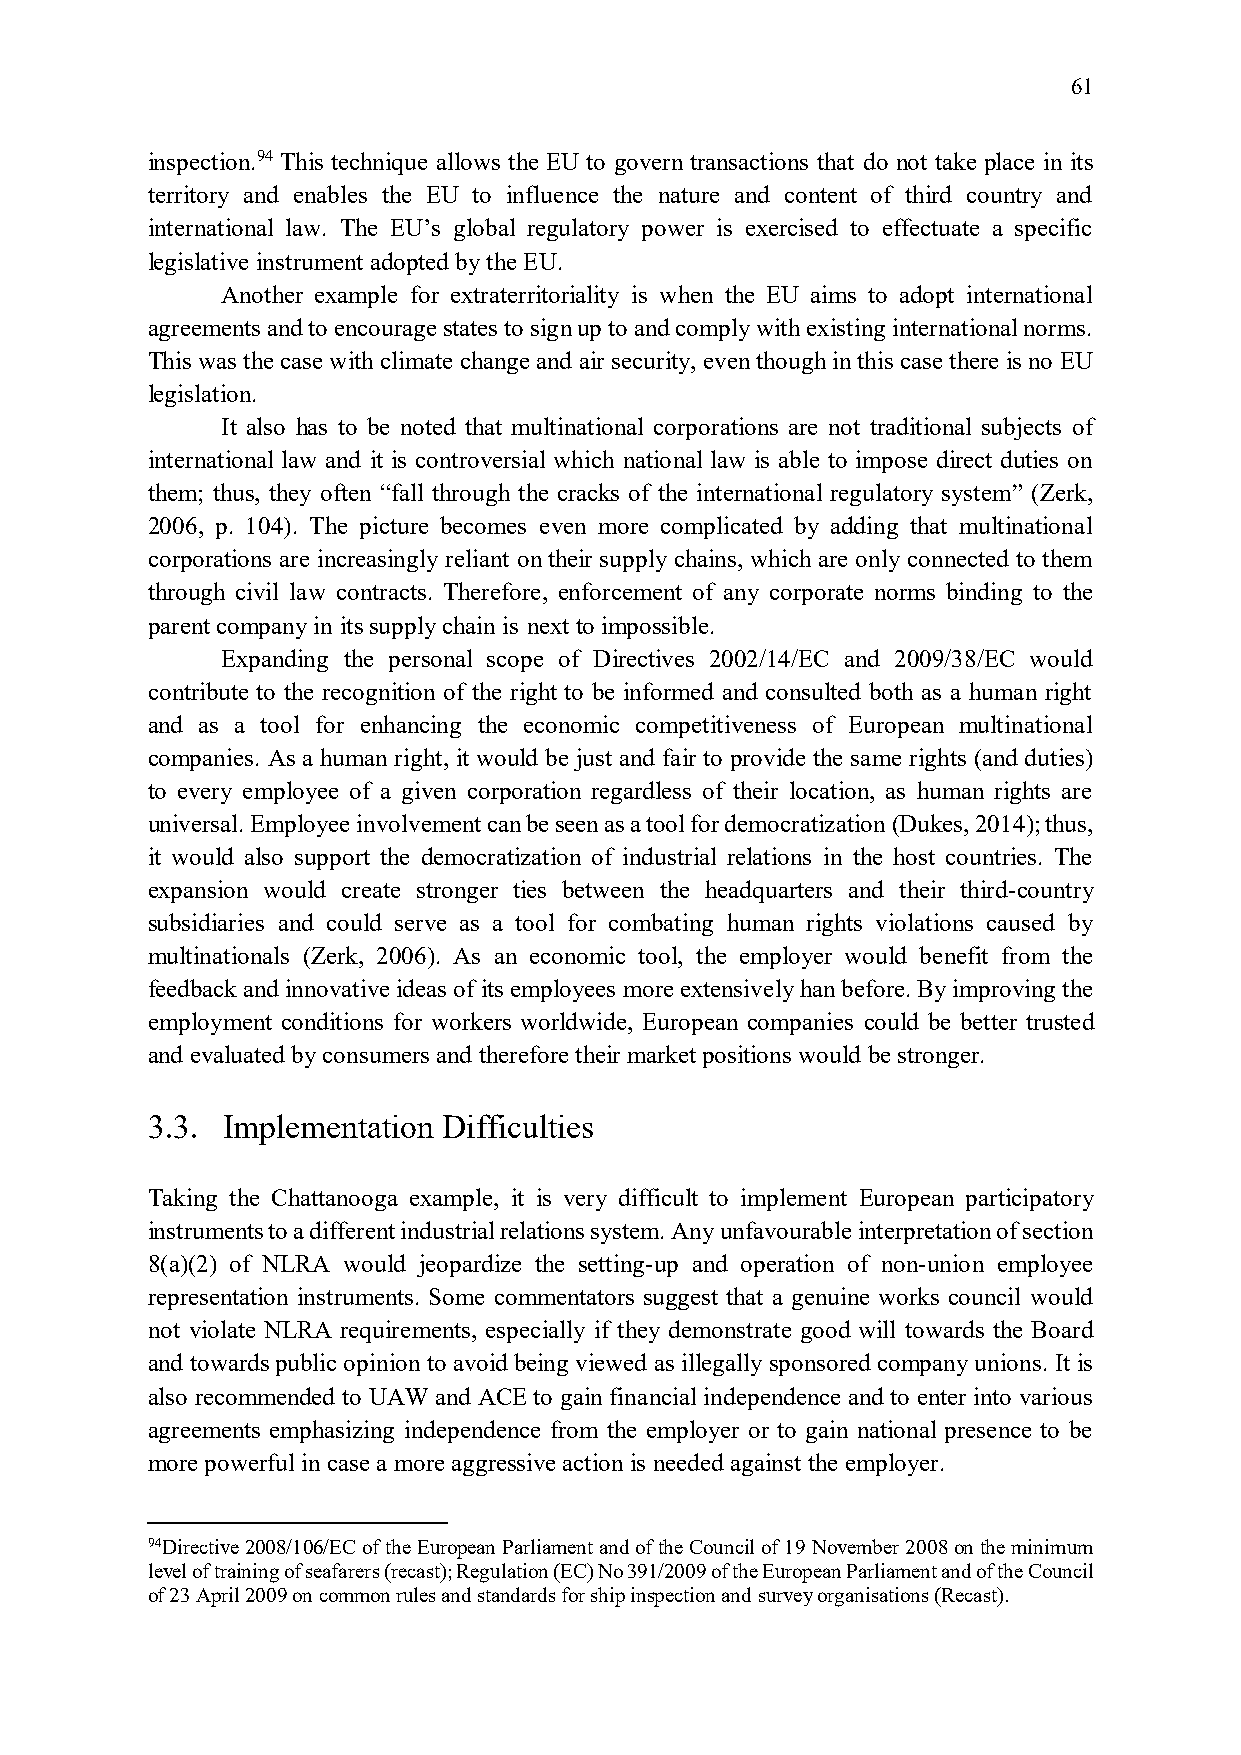
61
 inspection.94 This technique allows the EU to govern transactions that do not take place in its
 territory and enables the EU to influence the nature and content of third country and
 international law. The EU’s global regulatory power is exercised to effectuate a specific
 legislative instrument adopted by the EU.
 Another example for extraterritoriality is when the EU aims to adopt international
 agreements and to encourage states to sign up to and comply with existing international norms.
 This was the case with climate change and air security, even though in this case there is no EU
 legislation.
 It also has to be noted that multinational corporations are not traditional subjects of
 international law and it is controversial which national law is able to impose direct duties on
 them; thus, they often “fall through the cracks of the international regulatory system” (Zerk,
 2006, p. 104). The picture becomes even more complicated by adding that multinational
 corporations are increasingly reliant on their supply chains, which are only connected to them
 through civil law contracts. Therefore, enforcement of any corporate norms binding to the
 parent company in its supply chain is next to impossible.
 Expanding the personal scope of Directives 2002/14/EC and 2009/38/EC would
 contribute to the recognition of the right to be informed and consulted both as a human right
 and as a tool for enhancing the economic competitiveness of European multinational
 companies. As a human right, it would be just and fair to provide the same rights (and duties)
 to every employee of a given corporation regardless of their location, as human rights are
 universal. Employee involvement can be seen as a tool for democratization (Dukes, 2014); thus,
 it would also support the democratization of industrial relations in the host countries. The
 expansion would create stronger ties between the headquarters and their third-country
 subsidiaries and could serve as a tool for combating human rights violations caused by
 multinationals (Zerk, 2006). As an economic tool, the employer would benefit from the
 feedback and innovative ideas of its employees more extensively han before. By improving the
 employment conditions for workers worldwide, European companies could be better trusted
 and evaluated by consumers and therefore their market positions would be stronger.
 3.3. Implementation Difficulties
 Taking the Chattanooga example, it is very difficult to implement European participatory
 instruments to a different industrial relations system. Any unfavourable interpretation of section
 8(a)(2) of NLRA would jeopardize the setting-up and operation of non-union employee
 representation instruments. Some commentators suggest that a genuine works council would
 not violate NLRA requirements, especially if they demonstrate good will towards the Board
 and towards public opinion to avoid being viewed as illegally sponsored company unions. It is
 also recommended to UAW and ACE to gain financial independence and to enter into various
 agreements emphasizing independence from the employer or to gain national presence to be
 more powerful in case a more aggressive action is needed against the employer.
 94Directive 2008/106/EC of the European Parliament and of the Council of 19 November 2008 on the minimum
 level of training of seafarers (recast); Regulation (EC) No 391/2009 of the European Parliament and of the Council
 of 23 April 2009 on common rules and standards for ship inspection and survey organisations (Recast).